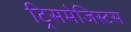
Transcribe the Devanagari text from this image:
ट्रिसमेजिस्टस